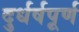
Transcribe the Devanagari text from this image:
दुर्धर्षपूर्ण